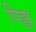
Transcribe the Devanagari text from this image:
पिड्डा